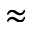
\approx